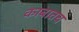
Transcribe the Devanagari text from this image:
काबातच